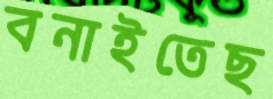
বনাইতেছ